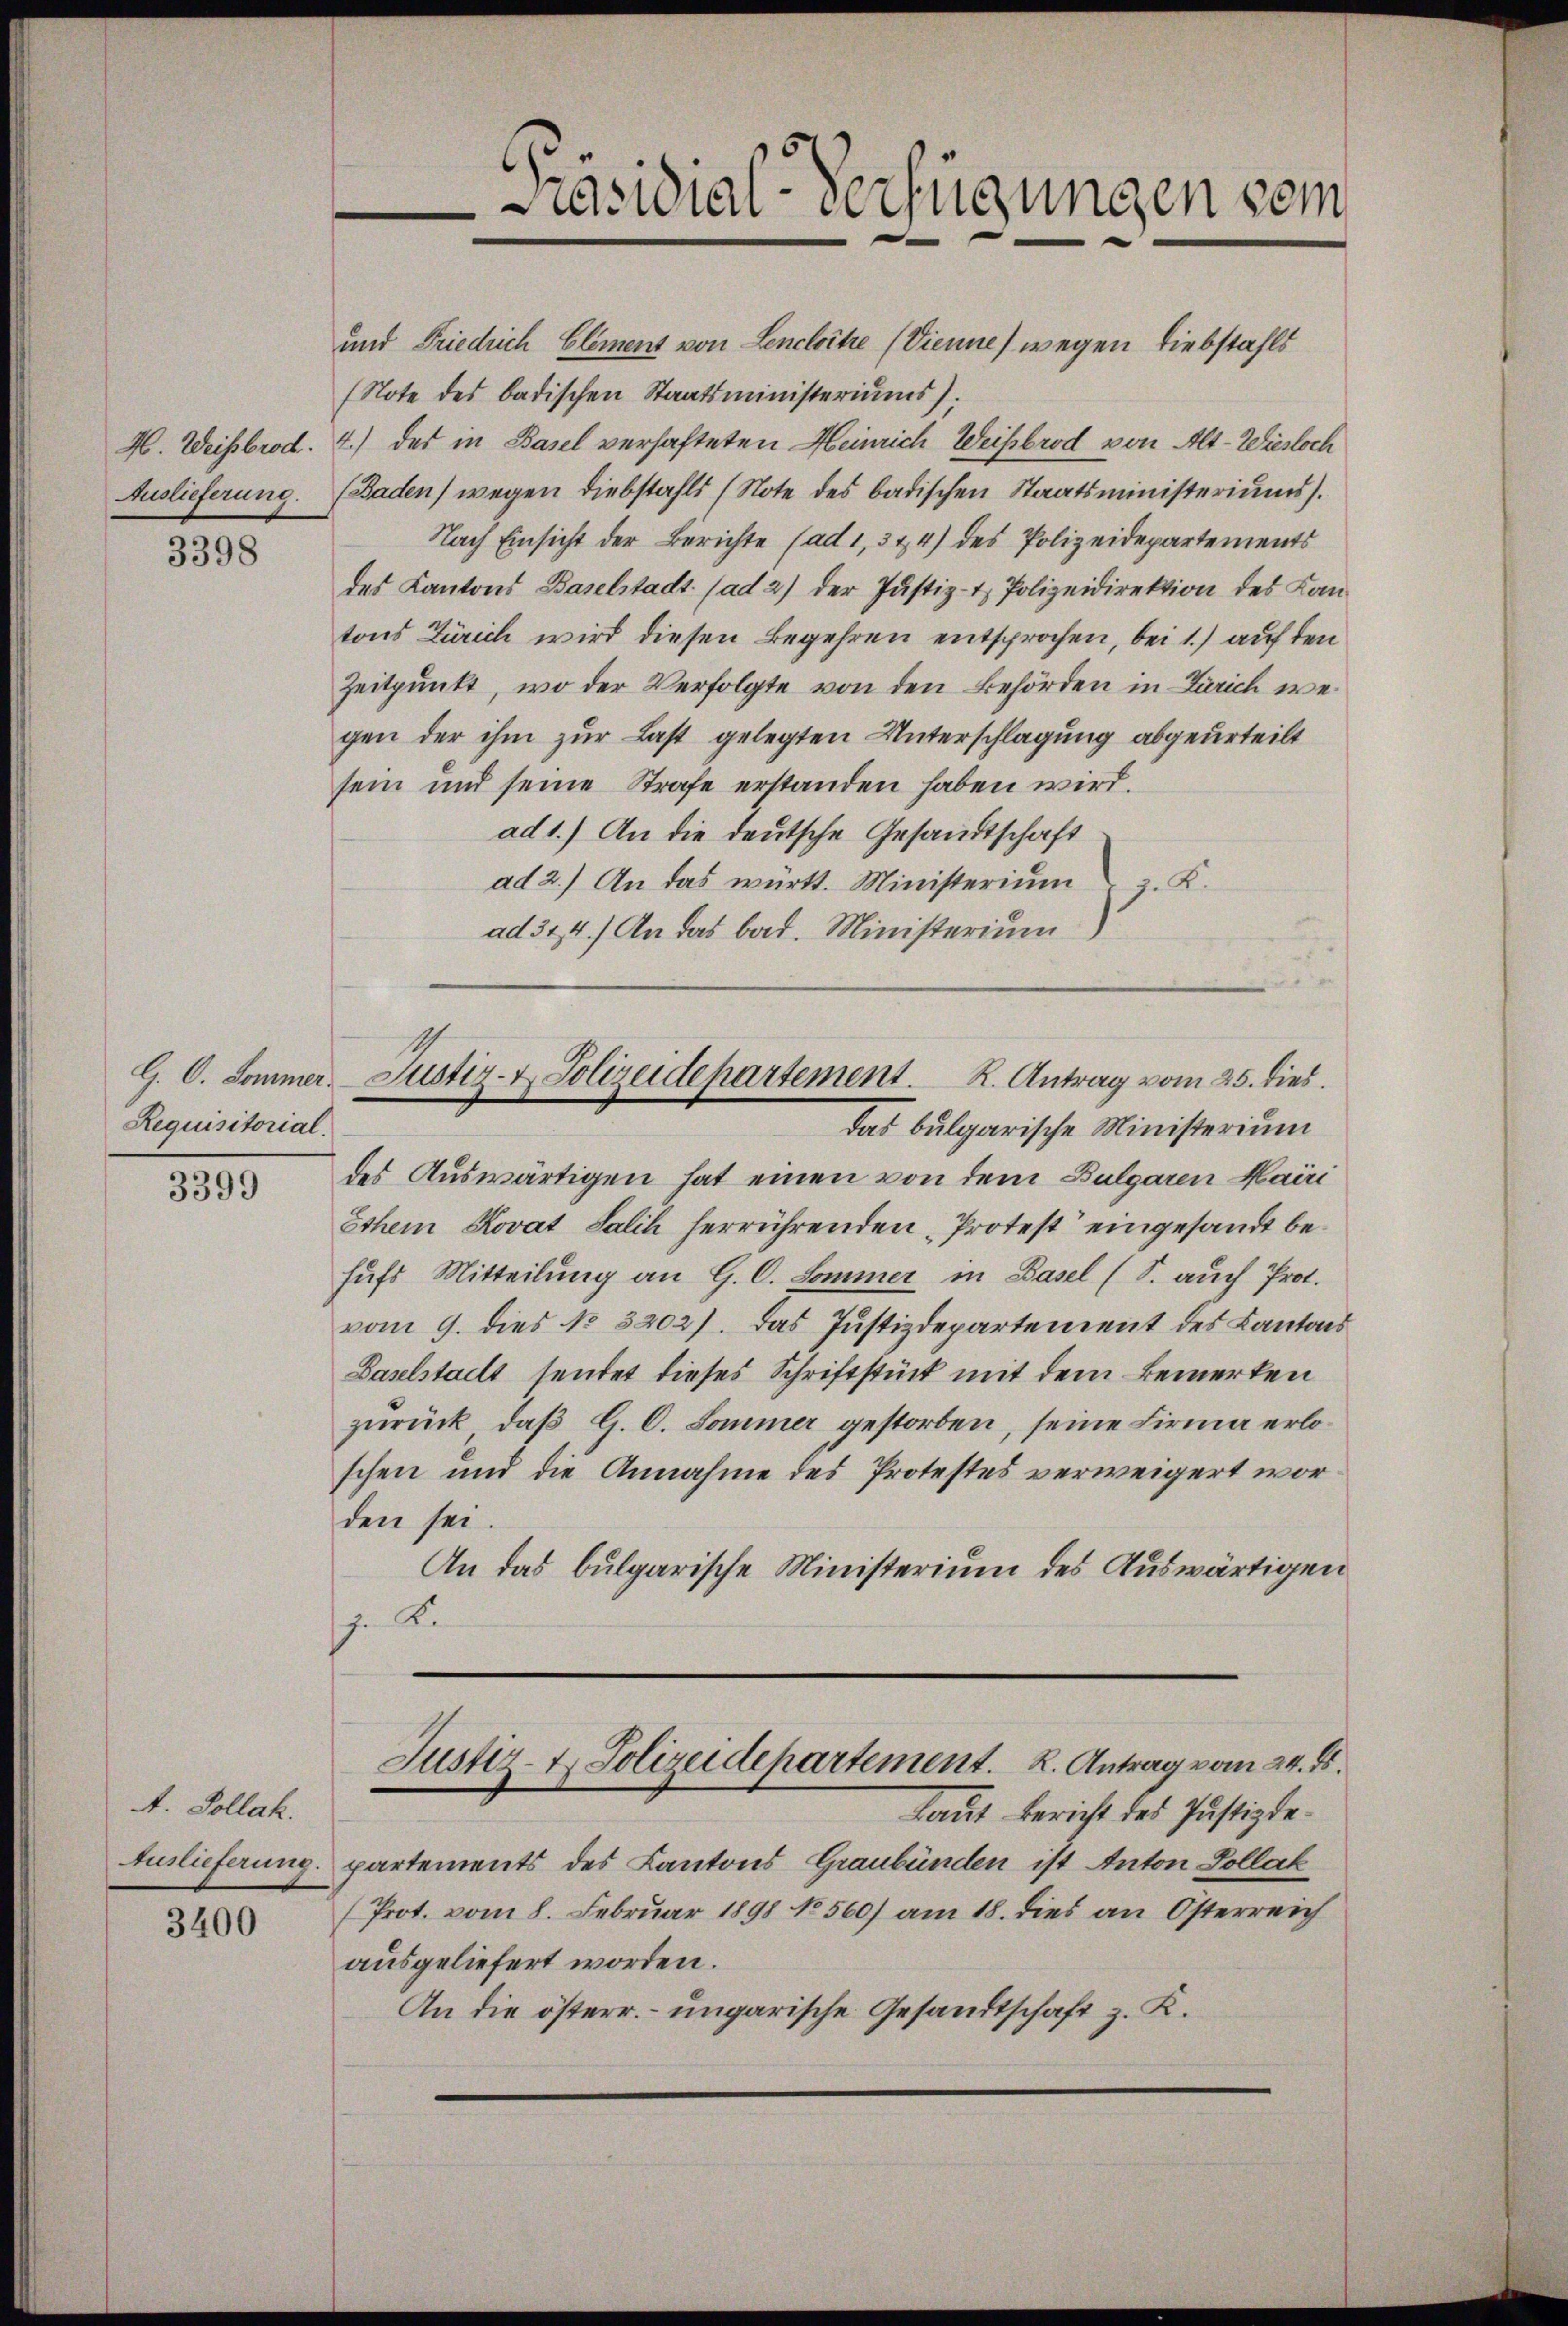
Auslieferung.

3398

Requisitorial.

3399

A. Sollak.

3400

und Friedrich Element von Lencloitre (Vienne) wegen Liebstahls
(Note des badischen Staatsministeriums);
H. Weisbrod. 4.) das in Basel verhafteten Heinrich Weisbrod von Alt-Wiesloch
(Baden) wegen Diebstahls (Note des badischen Staatsministeriums).
Nach Einsicht der Berichte (ad 1, 3 & 4) des Polizeidepartements
des Kantons Baselstadt (ad 2) der Justiz- & Polizeidirektion des Kantons Zürich wird diesen Begehren entsprochen, bei 1) auf den
Zeitpunkt, wo der Verfolgte von den Behörden in Zürich wegen der ihm zur Last gelegten Unterschlagung abgeurteilt
sein und seine Strafe erstanden haben wird.
ad 1.) An die deutsche Gesandtschaft
ad 2.) An das württ. Ministerium z. K.
ad 314.) An das bad. Ministerium

des Auswärtigen hat einen von dem Bulgaren Mairi
Ethem Kovat Salih herrührenden „Protest eingesandt behufs Mitteilung an G. C. Sommer in Basel (S. auch Prot.
vom 9. dies No 3202). Das Justizdepartement des Kantons
Baselstadt sendet dieses Schriftstück mit dem Bemerken
zŭrück, daβ G. C. Sommer gestorben, seine Firma erloschen und die Annahme des Protestes verweigert worden sei.
An das bulgarische Ministerium des Auswärtigen
z. Kr
Justiz- & Polizeidepartement. K. Antrag vom 24. ds.
Laut Bericht des Justizde¬
Auslieferung. partements des Kantons Graubünden ist Anton Zollak
(Prot. vom 8. Februar 1898 No 560) am 18. dies an Österreich
ausgeliefert worden.
An die österr. – ungarische Gesandtschaft z. K.

Präsidial-Verfügungen vom

G. C. Sommer Justiz- & Polizeidepartement. R. Antrag vom 25. dies
das bulgarische Ministerium